Medical and sanitary report of the native army of Madras for the year
Year: 1872
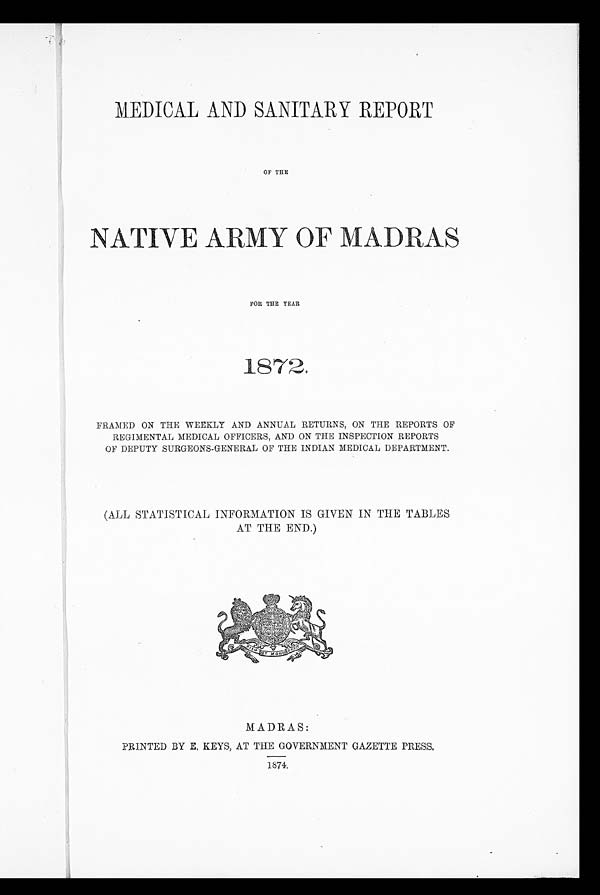
MEDICAL AND SANITARY REPORT
OF THE
NATIVE ARMY OF MADRAS
FOR THE YEAR
1872.
FRAMED ON THE WEEKLY AND ANNUAL RETURNS, ON THE REPORTS OF
REGIMENTAL MEDICAL OFFICERS, AND ON THE INSPECTION REPORTS
OF DEPUTY SURGEONS-GENERAL OF THE INDIAN MEDICAL DEPARTMENT.
(ALL STATISTICAL INFORMATION IS GIVEN IN THE TABLES
AT THE END.)
MADRAS:
PRINTED BY E. KEYS, AT THE GOVERNMENT GAZETTE PRESS.
1874.